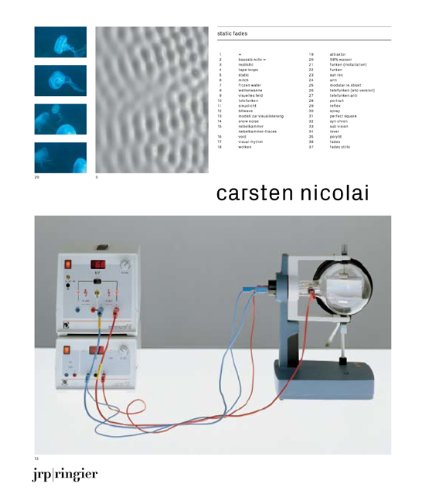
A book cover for Carsten Nicolai: Static Fades; Christoph Doswald; Arts & Photography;